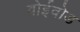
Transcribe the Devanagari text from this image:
वोईवोड